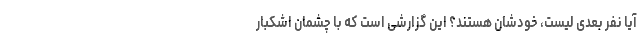
آیا نفر بعدی لیست، خودشان هستند؟ این گزارشی است که با چشمان اشکبار